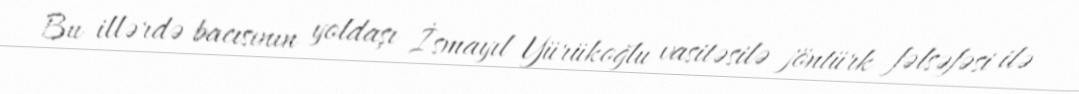
Bu illərdə bacısının yoldaşı İsmayıl Yürükoğlu vasitəsilə jöntürk fəlsəfəsi ilə